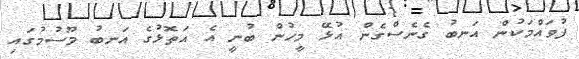
ފުވައްމަކުން އަނބު ގެނެސްގެން އުޅޭ މީހުން ބުނީ އެ އަތޮޅުގެ އަނބު މޫސުމުގައި